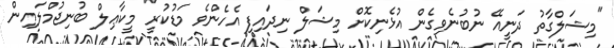
"މިޝަލްގާތު ދަނީއޭ ނުބުނެވިގެން އުޅެނިކޮށް މިޝަލް ނިދައިފި އެހެންވެ މަޑުކުރީ" މީކާޢިލް ބުނިޖުމްލައިން